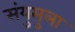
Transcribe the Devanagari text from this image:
संयुसुला